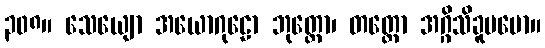
၃၀၈။ သေယျော အယောဂုဠော ဘုတ္တော၊ တတ္တော အဂ္ဂိသိခူပမော။